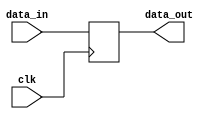
module register(
    input wire clk,
    input wire [7:0] data_in,
    output reg [7:0] data_out
);

always @(posedge clk) begin
    data_out <= data_in;
end

endmodule